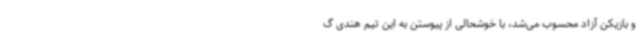
و بازیکن آزاد محسوب می‌شد، با خوشحالی از پیوستن به این تیم هندی گ